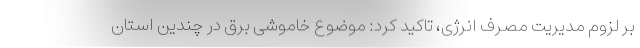
بر لزوم مدیریت مصرف انرژی، تاکید کرد: موضوع خاموشی برق در چندین استان